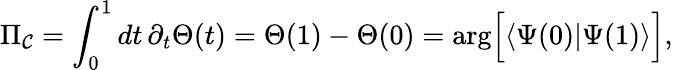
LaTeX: \Pi_{{\mathcal{C}}}=\int_{0}^{1}dt\, \partial_{t}\Theta(t)=\Theta(1)-\Theta(0)=\mathrm{arg}\Big[\langle\Psi(0)\vert\Psi(1)\rangle\Big],